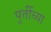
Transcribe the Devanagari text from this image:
पूर्तीच्या